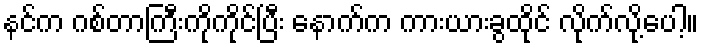
နင်က ဂစ်တာကြီးကိုကိုင်ပြီး နောက်က ကားယားခွထိုင် လိုက်လို့ပေါ့။